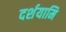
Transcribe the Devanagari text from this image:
दर्शयामि